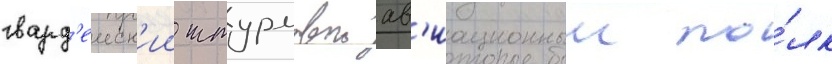
гвард'еиск'ии штурмовои ав'иационныи по́лк